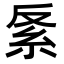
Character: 𥾩